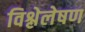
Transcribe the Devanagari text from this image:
विश्लेलेषण